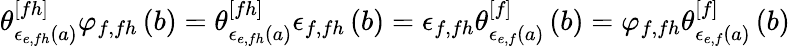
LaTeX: \begin{array}{r}{\theta_{\epsilon_{e,fh}\left(a\right)}^{[fh]}\varphi_{f,fh}\left(b\right)=\theta_{\epsilon_{e,fh}\left(a\right)}^{[fh]}\epsilon_{f,fh}\left(b\right)=\epsilon_{f,fh}\theta_{\epsilon_{e,f}\left(a\right)}^{[f]}\left(b\right)=\varphi_{f,fh}\theta_{\epsilon_{e,f}\left(a\right)}^{[f]}\left(b\right)}\end{array}